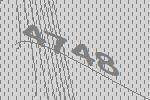
4748